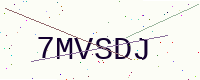
Text: 7MVSDJ